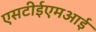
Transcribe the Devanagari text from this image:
एसटीईएमआई